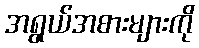
အရွယ်အစားများကို